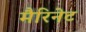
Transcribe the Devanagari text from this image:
मैरिनेट